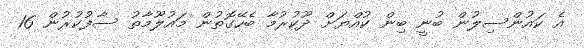
އެ ކައުންސިލުން ބުނީ ބިން ކުއްޔަށް ދޫކުރުމާ ބެހޭގޮތުން މައުލޫމާތު ސާފުކުރުން 16